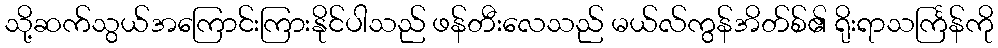
သို့ဆက်သွယ်အကြောင်းကြားနိုင်ပါသည် ဖန်တီးလေသည် မယ်လ်ကွန်အိတ်စ်၏ ရိုးရာသင်္ကြန်ကို